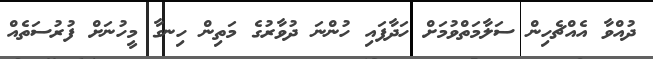
ދުއްވާ އެއްޗެހިން ސަލާމަތްވުމަށް ހަދާފައި ހުންނަ ދުވާރުގެ މަތިން ހިނގާ މީހުނަށް ފުރުސަތެއް